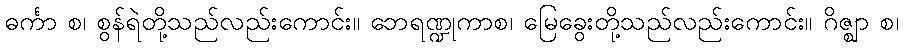
ဓင်္ကာ စ၊ စွန်ရဲတို့သည်လည်းကောင်း။ ဘေရဏ္ဍုကာစ၊ မြေခွေးတို့သည်လည်းကောင်း။ ဂိဇ္ဈာ စ၊